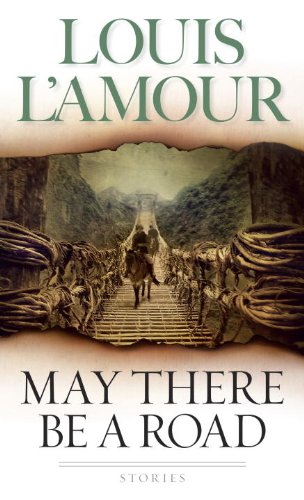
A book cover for May There Be a Road: Stories; Louis L'Amour; Literature & Fiction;